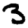
Digit: 3